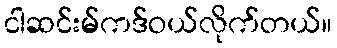
ငါဆင်းမ်ကဒ်ဝယ်လိုက်တယ်။